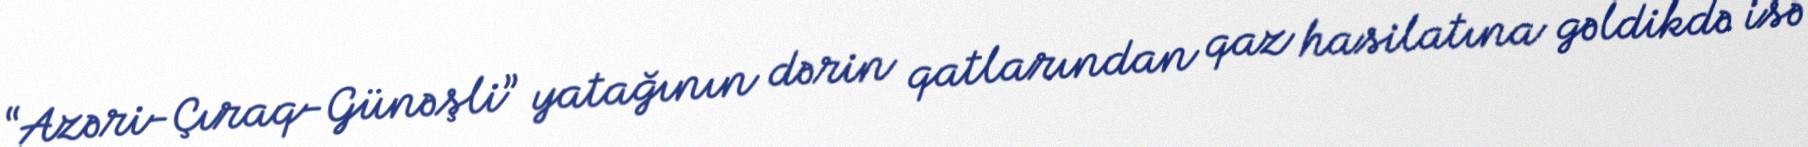
“Azəri-Çıraq-Günəşli” yatağının dərin qatlarından qaz hasilatına gəldikdə isə